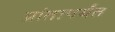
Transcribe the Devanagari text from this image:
प्रांतापर्यंत